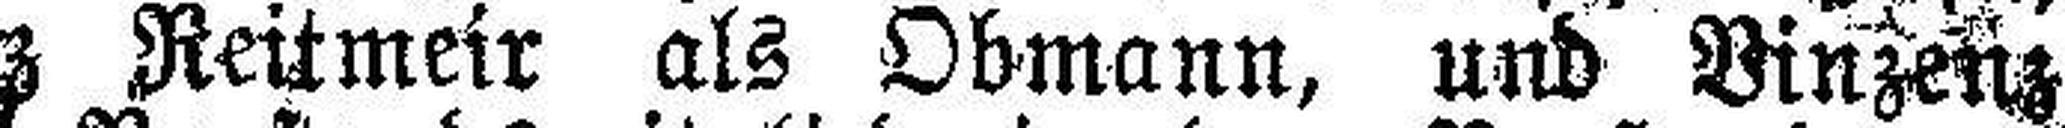
wurde Franz Reitmeir als Obmann, und Vinzenz